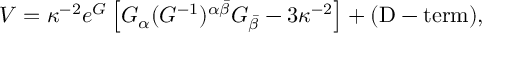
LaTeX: V = \kappa ^ { - 2 } e ^ { G } \left[ G _ { \alpha } ( G ^ { - 1 } ) ^ { \alpha \bar { \beta } } G _ { \bar { \beta } } - 3 \kappa ^ { - 2 } \right] + ( \mathrm { D - t e r m } ) ,